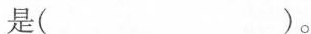
是( )。